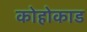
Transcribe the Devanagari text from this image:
कोहोकाड